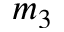
m _ { 3 }